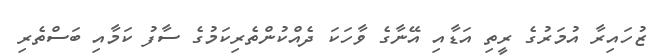
ޒުހައިރާ އުމަރުގެ ރީތި އަޑާއި އޭނާގެ ވާހަކަ ދެއްކުންތެރިކަމުގެ ސާފު ކަމާއި ބަސްތެރި